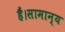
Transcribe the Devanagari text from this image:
हैं।सामान्य